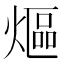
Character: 熰